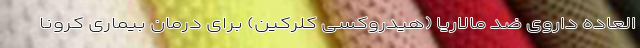
العاده داروی ضد مالاریا (هیدروکسی کلرکین) برای درمان بیماری کرونا